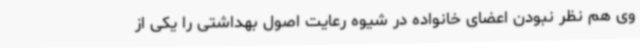
وی هم نظر نبودن اعضای خانواده در شیوه رعایت اصول بهداشتی را یکی از